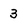
Character: 3